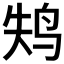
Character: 𱉚